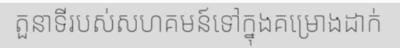
តួនាទីរបស់សហគមន៍ទៅក្នុងគម្រោងដាក់